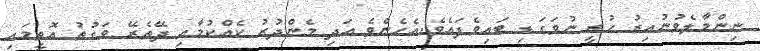
ނިންމާލެވުނުއިރު ހުރީ ނުވަގަޑި ބައިވެފައެވެ.އެހެންވެ އަދި މެންދުރު ކެއްކުމާއި ދޭތެރޭ ވަގުތު އޮތީމައި